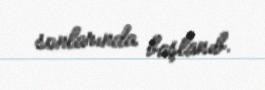
sonlarında başlanıb.